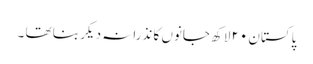
پاکستان ٢٠ لاکھ جانوں کا نذرانہ دیکر بنا تھا ۔